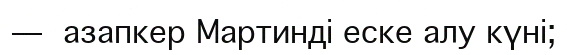
—  азапкер Мартинді еске алу күні;